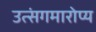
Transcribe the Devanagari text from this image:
उत्संगमारोप्य